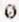
0